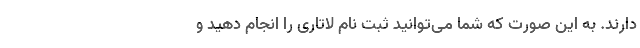
دارند. به این صورت که شما می‌توانید ثبت نام لاتاری را انجام دهید و